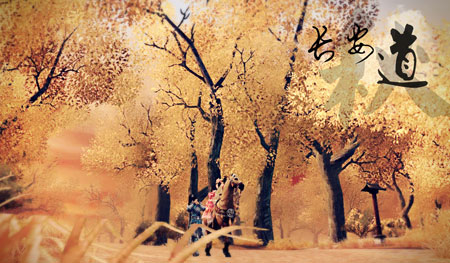
长安故人问我，道寻常泥酒只依然。